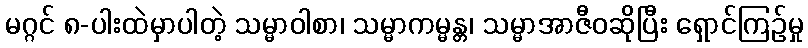
မဂ္ဂင် ၈-ပါးထဲမှာပါတဲ့ သမ္မာဝါစာ၊ သမ္မာကမ္မန္တ၊ သမ္မာအာဇီဝဆိုပြီး ရှောင်ကြဉ်မှု